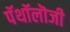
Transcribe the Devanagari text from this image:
पॅथॉलॊजी